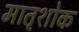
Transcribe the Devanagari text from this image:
मातृशोक